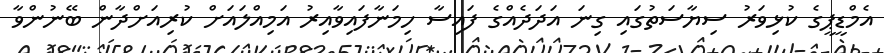
އެމްޑީޕީގެ ކުޅިވަރު ސިޔާސަތުގައި ގިނަ އަދަދެއްގެ ފައިސާ ހިމަނާފައިވާއިރު އަމިއްލައަށް ކުރިއަށްދާން ބޭނުންވާ